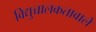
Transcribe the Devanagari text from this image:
विद्युच्चालकतावाले